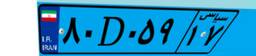
۸۳D۷۲۲۸۴